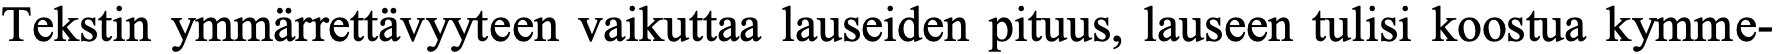
Tekstin ymmärrettävyyteen vaikuttaa lauseiden pituus, lauseen tulisi koostua kymme-